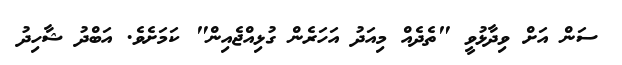
ސަން އަށް ވިދާޅުވީ "ތެދެއް މިއަދު އަހަރެން ގުޅިއްޖެއިން" ކަމަށެވެ. އަބްދު ޝާހިދު